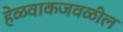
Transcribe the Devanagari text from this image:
हेळवाकजवळील